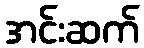
အင်းဆက်